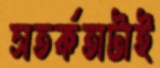
সতর্কতাটাই